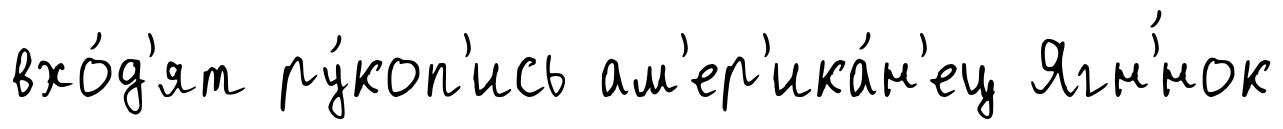
вхо́д'ят ру́коп'ись ам'ер'ика́н'ец Ягн'́нок